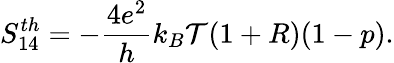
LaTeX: {S_{14}^{th}}=-\frac{4e^{2}}{h}k_{B}\mathcal{T}(1+R)(1-p).